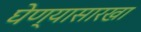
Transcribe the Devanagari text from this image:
घेण्यासारखा